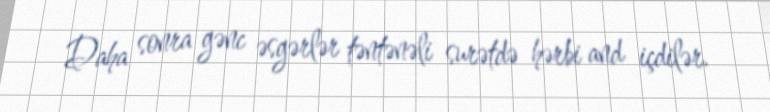
Daha sonra gənc əsgərlər təntənəli surətdə hərbi and içdilər.